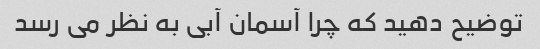
توضیح دهید که چرا آسمان آبی به نظر می رسد